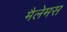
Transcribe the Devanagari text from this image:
मैलेमस